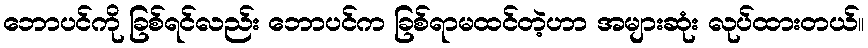
ဘောပင်ကို ခြစ်ရင်လည်း ဘောပင်က ခြစ်ရာမထင်တဲ့ဟာ အများဆုံး လုပ်ထားတယ်။